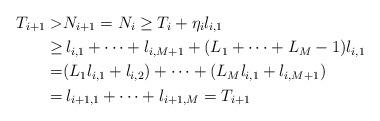
LaTeX: \begin{align*}T_{i+1}>& N_{i+1}=N_i\geq T_i+\eta_i l_{i,1}\\\geq &\, l_{i,1}+\dots+l_{i,M+1}+(L_1+\dots+L_{M}-1)l_{i,1}\\=& (L_1 l_{i,1}+l_{i,2})+\dots+(L_{M} l_{i,1}+l_{i,M+1})\\=&\, l_{i+1,1}+\dots+l_{i+1,M}=T_{i+1}\end{align*}